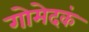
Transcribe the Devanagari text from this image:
गोमेदकं